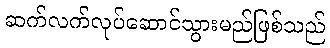
ဆက်လက်လုပ်ဆောင်သွားမည်ဖြစ်သည်